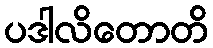
ပဒါလိတောတိ